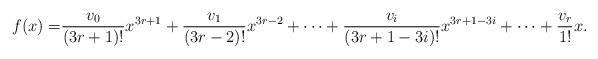
LaTeX: \begin{align*} f(x) = &\frac{v_0}{(3r+1)!}x^{3r+1} + \frac{v_1}{(3r-2)!}x^{3r-2} + \cdots + \frac{v_i}{(3r+1-3i)!}x^{3r+1-3i} + \cdots + \frac{v_{r}}{1!}x. \end{align*}